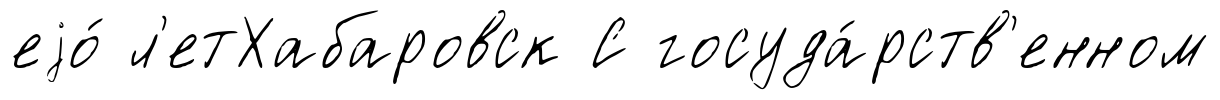
еjо́ л'етХабаровск С госуда́рств'енном